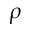
\rho